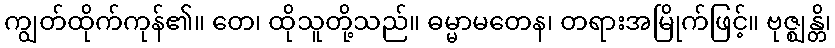
ကျွတ်ထိုက်ကုန်၏။ တေ၊ ထိုသူတို့သည်။ ဓမ္မာမတေန၊ တရားအမြိုက်ဖြင့်။ ဗုဇ္ဈန္တိ၊